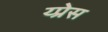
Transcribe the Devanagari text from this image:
य्प्रेस